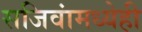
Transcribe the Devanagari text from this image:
सजिवांमध्येही